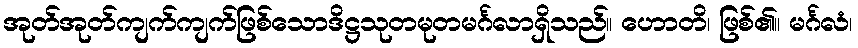
အုတ်အုတ်ကျက်ကျက်ဖြစ်သောဒိဋ္ဌသုတမုတမင်္ဂလာရှိသည်။ ဟောတိ၊ ဖြစ်၏။ မင်္ဂလံ၊